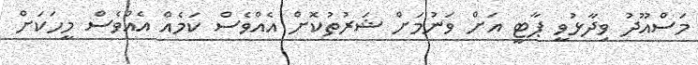
މަސްއޫދު ވިދާޅުވީ ޕާޓީ އަށް ވަނުމަށް ޝަރުތުކޮށް އެއްވެސް ކަމެއް އެއްވެސް މީހަކަށް